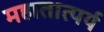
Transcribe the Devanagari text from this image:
महातात्पर्य